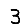
Digit: 3